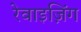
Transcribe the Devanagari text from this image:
रेवाइज़िंग